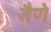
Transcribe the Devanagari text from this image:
तैणे